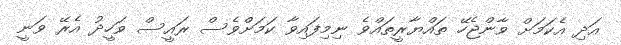
އަދި އެކަމަށް ވާންޖެހޭ ތައްޔާރީތައްވެ ނިމިފައިވާ ކަމަށްވެސް ރައީސް ވަހީދު އެރޭ ވަނީ